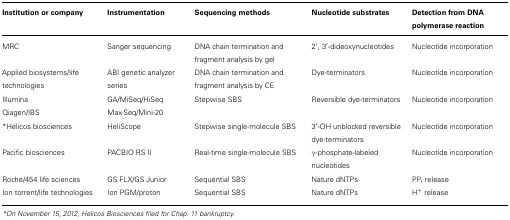
<table><thead><tr><td><b>Institution or company</b></td><td><b>Instrumentation</b></td><td><b>Sequencing methods</b></td><td><b>Nucleotide substrates </b></td><td><b>Detection from DNA polymerase reaction</b></td></tr></thead><tbody><tr><td>MRC</td><td>Sanger sequencing</td><td>DNA chain termination and fragment analysis by gel</td><td>2′, 3′-dideoxynucleotides</td><td>Nucleotide incorporation</td></tr><tr><td>Applied biosystems/life technologies</td><td>ABI genetic analyzer series</td><td>DNA chain termination and fragment analysis by CE</td><td>Dye-terminators</td><td>Nucleotide incorporation</td></tr><tr><td>Illumina Qiagen/IBS</td><td>GA/MiSeq/HiSeq Max-Seq/Mini-20</td><td>Stepwise SBS</td><td>Reversible dye-terminators</td><td>Nucleotide incorporation</td></tr><tr><td>*Helicos biosciences</td><td>HeliScope</td><td>Stepwise single-molecule SBS</td><td>3′-OH unblocked reversible dye-terminators</td><td>Nucleotide incorporation</td></tr><tr><td>Pacific biosciences</td><td>PACBIO RS II</td><td>Real-time single-molecule SBS</td><td>γ-phosphate-labeled nucleotides</td><td>Nucleotide incorporation</td></tr><tr><td>Roche/454 life sciences</td><td>GS FLX/GS Junior</td><td>Sequential SBS</td><td>Nature dNTPs</td><td>PP<sub>i</sub> release</td></tr><tr><td>Ion torrent/life technologies</td><td>Ion PGM/proton</td><td>Sequential SBS</td><td>Nature dNTPs</td><td>H<sup>+</sup> release</td></tr></tbody></table>